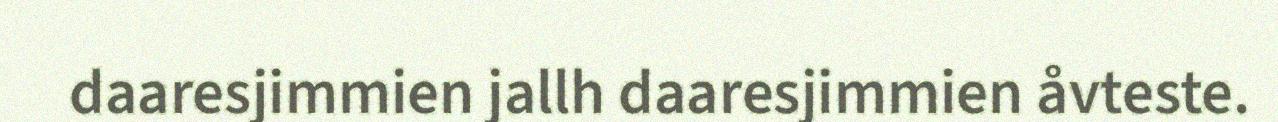
daaresjimmien jallh daaresjimmien åvteste.